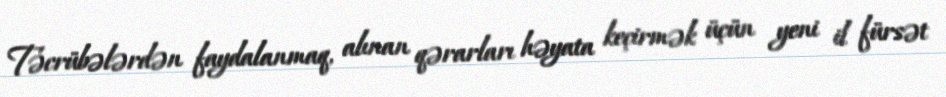
Təcrübələrdən faydalanmaq, alınan qərarları həyata keçirmək üçün yeni il fürsət